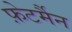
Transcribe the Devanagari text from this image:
फ़ेटर्मैन